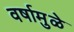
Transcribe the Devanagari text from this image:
वर्षामुळे